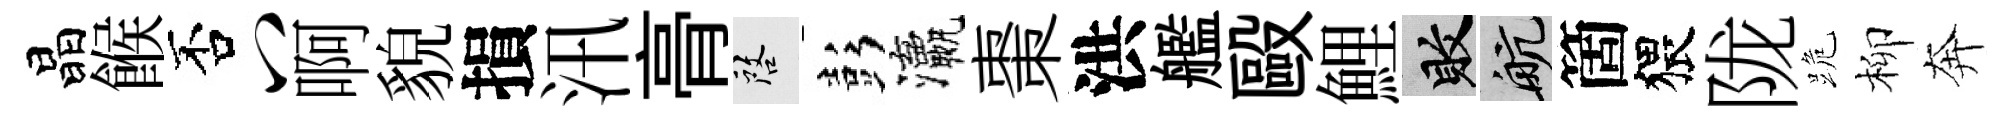
晶餱否八啊貌損汛𮌔啓彭瀛棗洪艦毆鯉敗航箇猥陇跪柳奔